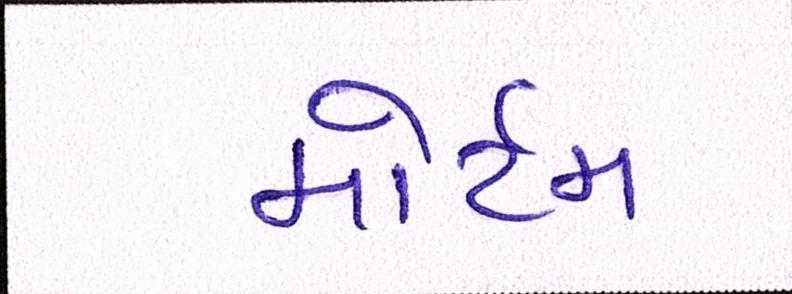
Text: મોર્ટમ